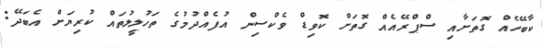
ކާބޭހެއް ގޮތަށާއި ސްޕްރޭއެއް ގޮތަށް ކޮވިޑް ވެކްސިން އުފެއްދުމުގެ ތަހުލީލުތައް ކުރިޔަށް އެބަދޭ: